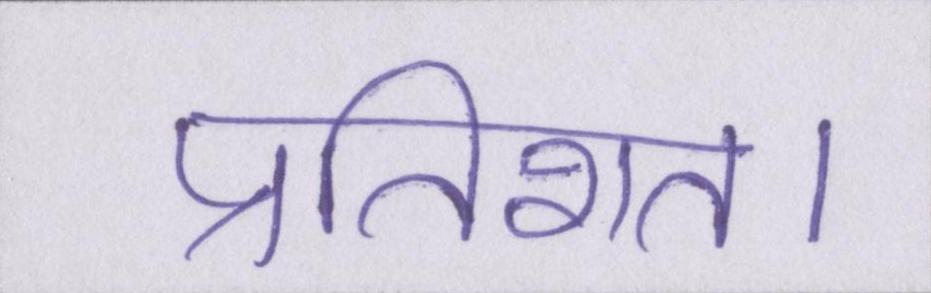
प्रतिशत।